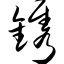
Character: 镌